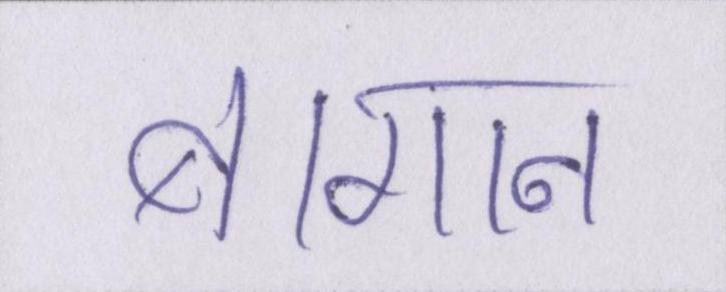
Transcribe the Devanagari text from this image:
बागान